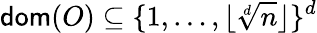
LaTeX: \mathsf{dom}(O)\subseteq\{ 1,\dots,\lfloor\sqrt[d]{n}\rfloor\} ^{d}